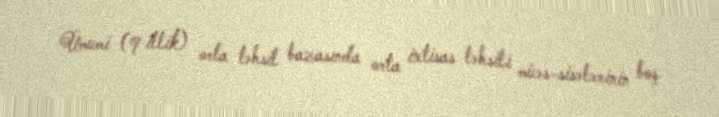
Ümumi (9 illik) orta təhsil bazasında orta ixtisas təhsili müəs­sisələrinin boş